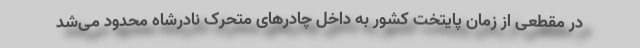
در مقطعی از زمان پایتخت کشور به داخل چادرهای متحرک نادرشاه محدود می‌شد